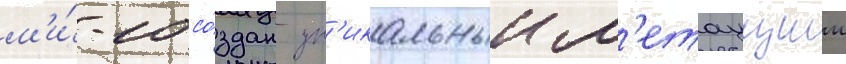
м'и́-10 со́здан ун'икальныи л'етаущии